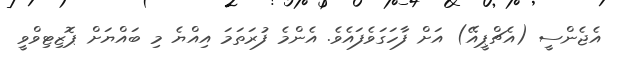
އެޖެންސީ (އެޗްޕީއޭ) އަށް ފާހަގަވެފައެވެ. އެންމެ ފުރަތަމަ އިއްޔެ މި ބައްޔަށް ޕޮޒިޓިވްވީ